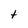
Character: t